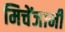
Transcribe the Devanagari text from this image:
मिचेंजानी